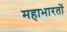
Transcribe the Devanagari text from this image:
महाभारतों